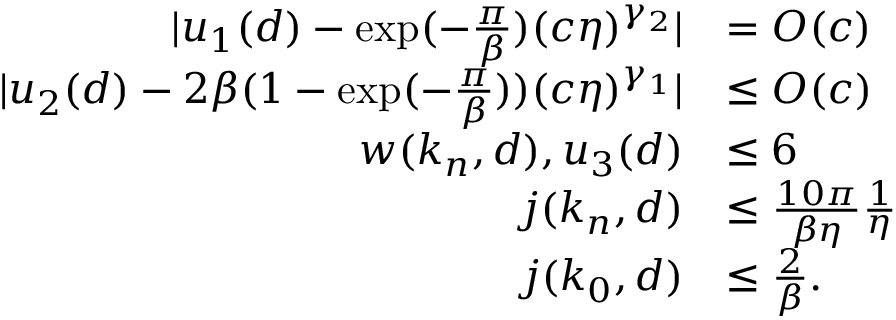
\begin{array} { r l } { \vert u _ { 1 } ( d ) - \exp ( - \frac \pi \beta ) ( c \eta ) ^ { \gamma _ { 2 } } \vert } & { = O ( c ) } \\ { \vert u _ { 2 } ( d ) - 2 \beta ( 1 - \exp ( - \frac \pi \beta ) ) ( c \eta ) ^ { \gamma _ { 1 } } \vert } & { \le O ( c ) } \\ { w ( k _ { n } , d ) , u _ { 3 } ( d ) } & { \le 6 } \\ { j ( k _ { n } , d ) } & { \le \frac { 1 0 \pi } { \beta \eta } \frac 1 \eta } \\ { j ( k _ { 0 } , d ) } & { \le \frac 2 \beta . } \end{array}